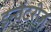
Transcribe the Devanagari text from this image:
इन्वेंटरीज़